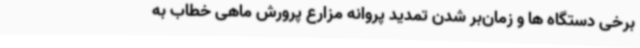
برخی دستگاه ها و زمان‌بر شدن تمدید پروانه مزارع پرورش ماهی خطاب به